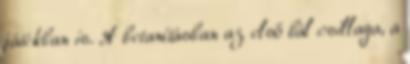
játékban is. A betanításban az első bál csillaga, a